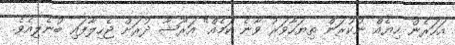
އަހަރެން ހިޔެއް ނުކުރަން ތިޔަހާވަރު ވާނެ ކަމެއް" އަރޫޝާ ދުރަށް ޖެހިލާފައި ބުނެލިއެވެ.